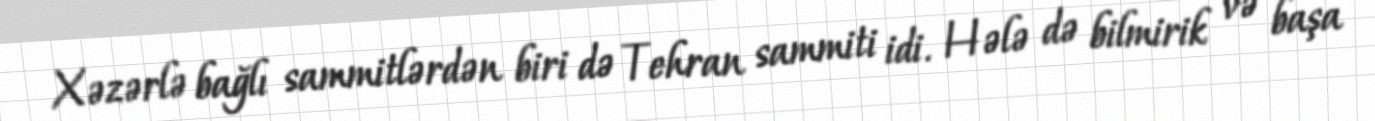
Xəzərlə bağlı sammitlərdən biri də Tehran sammiti idi. Hələ də bilmirik və başa